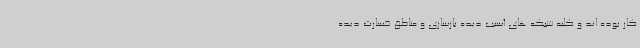
کار بوده اند و کلیه شبکه های آسیب دیده بازسازی و مناطق خسارت دیده